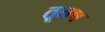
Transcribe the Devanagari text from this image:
तूतष